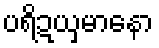
ပရိဍယှမာနော